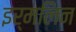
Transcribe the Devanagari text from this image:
इर्मलिन